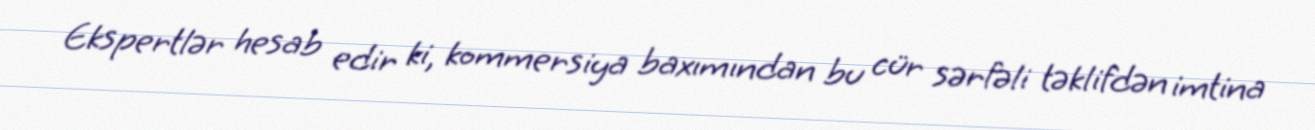
Ekspertlər hesab edir ki, kommersiya baxımından bu cür sərfəli təklifdən imtina